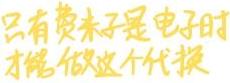
只有费米子是电子时才能做这个代换